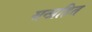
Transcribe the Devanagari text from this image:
सन्ग्रहित